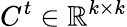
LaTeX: C^{t}\in\mathbb{R}^{k\times k}